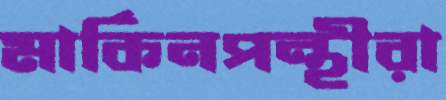
মার্কিনপন্থীরা